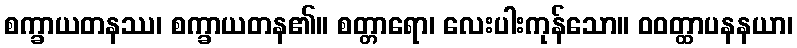
စက္ခာယတနဿ၊ စက္ခာယတန၏။ စတ္တာရော၊ လေးပါးကုန်သော။ ဝဝတ္ထာပနနယာ၊